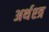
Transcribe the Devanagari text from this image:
अर्थश्त्र